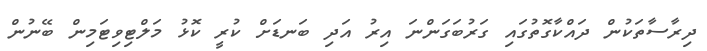
ދިރާސާތަކުން ދައްކާގޮތުގައި ގަރުބަގަންނަ އިރު އަދި ބަނޑަށް ކުރީ ކޮޅު މަލްޓިވިޓަމިން ބޭނުން